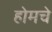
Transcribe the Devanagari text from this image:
होमचे